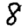
Digit: 8